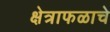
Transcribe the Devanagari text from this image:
क्षेत्राफळाचे